Regulations for the medical services of the Army of India
Year: 1930
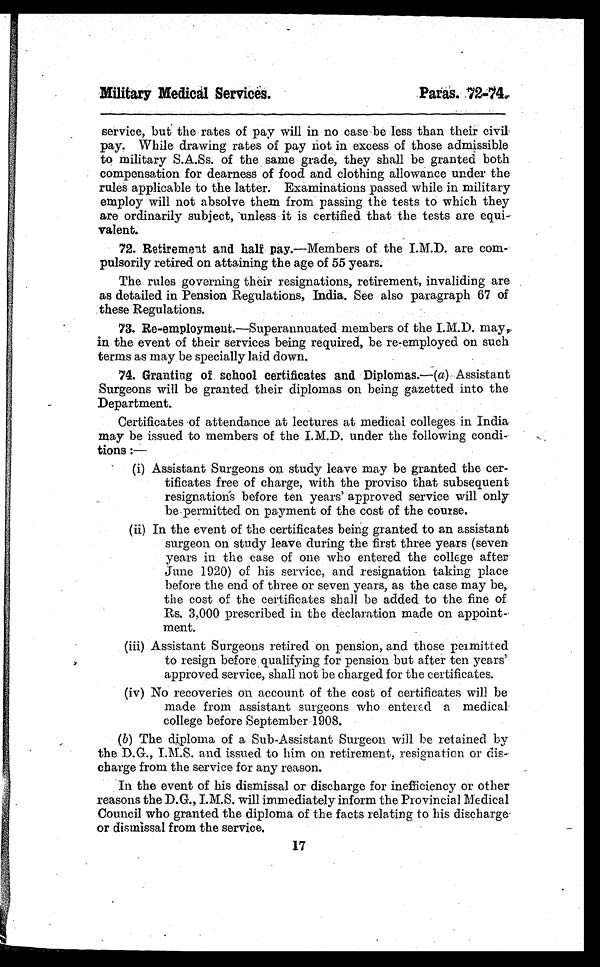
Military Medical Services.
Paras. 72-74.
service, but the rates of pay will in no case be less than their civil
pay. While drawing rates of pay not in excess of those admissible
to military S.A.Ss. of the same grade, they shall be granted both
compensation for dearness of food and clothing allowance under the
rules applicable to the latter. Examinations passed while in military
employ will not absolve them from passing the tests to which they
are ordinarily subject, unless it is certified that the tests are
e q u i v a l e n t .
72. Retirement and half pay.—Members of the I.M.D. are com-
pulsorily retired on attaining the age of 55 years.
The rules governing their resignations, retirement, invaliding are
as detailed in Pension Regulations, India. See also paragraph 67 of
these Regulations.
73. Re-employment.—Superannuated members of the I.M.D. may
in the event of their services being required, be re-employed on such
terms as may be specially laid down.
74. Granting of school certificates and Diplomas. —(a) Assistant
Surgeons will be granted their diplomas on being gazetted into the
Department.
Certificates of attendance at lectures at medical colleges in India
may be issued to members of the I.M.D. under the following condi-
tions :—
(i) Assistant Surgeons on study leave may be granted the cer-
tificates free of charge, with the proviso that subsequent
resignations before ten years' approved service will only
be permitted on payment of the cost of the course.
(ii) In the event of the certificates being granted to an assistant
surgeon on study leave during the first three years (seven
years in the case of one who entered the college after
June 1920) of his service, and resignation taking place
before the end of three or seven years, as the case may be,
the cost of the certificates shall be added to the fine of
Rs. 3,000 prescribed in the declaration made on appoint-
ment.
(iii) Assistant Surgeons retired on pension, and those permitted
to resign before qualifying for pension but after ten years'
approved service, shall not be charged for the certificates.
(iv) No recoveries on account of the cost of certificates will be
made from assistant surgeons who entered a medical
college before September 1908.
(b) The diploma of a Sub-Assistant Surgeon will be retained by
the D.G., I.M.S. and issued to him on retirement, resignation or dis-
charge from the service for any reason.
In the event of his dismissal or discharge for inefficiency or other
reasons the D.G., I.M.S. will immediately inform the Provincial Medical
Council who granted the diploma of the facts relating to his discharge
or dismissal from the service.
17